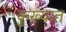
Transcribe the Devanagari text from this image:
कुख़्यात